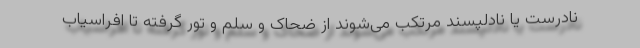
نادرست یا نادلپسند مرتکب می‌شوند از ضحاک و سلم و تور گرفته تا افراسیاب